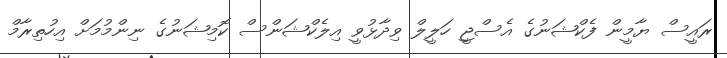
ރައީސް ޔާމީން ފެކްޝަނުގެ އެސްޖީ ހަލީލް ވިދާޅުވީ އިލެކްޝަންސް ކޮމިޝަނުގެ ނިންމުމަށް އިހުތިރާމް